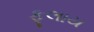
ફૂલાય